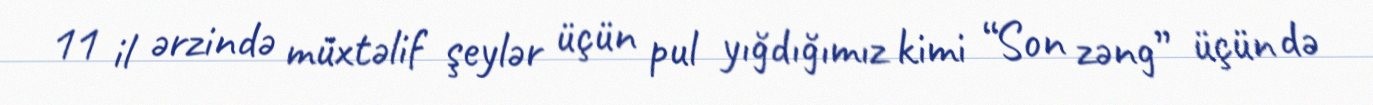
11 il ərzində müxtəlif şeylər üçün pul yığdığımız kimi “Son zəng” üçün də